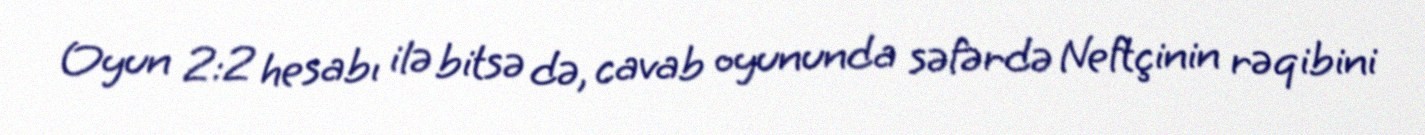
Oyun 2:2 hesabı ilə bitsə də, cavab oyununda səfərdə Neftçinin rəqibini